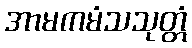
အာမကမံသသုတ္တံ